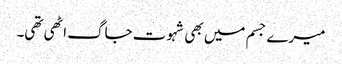
میرے جسم میں بھی شہوت جاگ اٹھی تھی۔